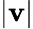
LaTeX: \left|\mathbf{v}\right|